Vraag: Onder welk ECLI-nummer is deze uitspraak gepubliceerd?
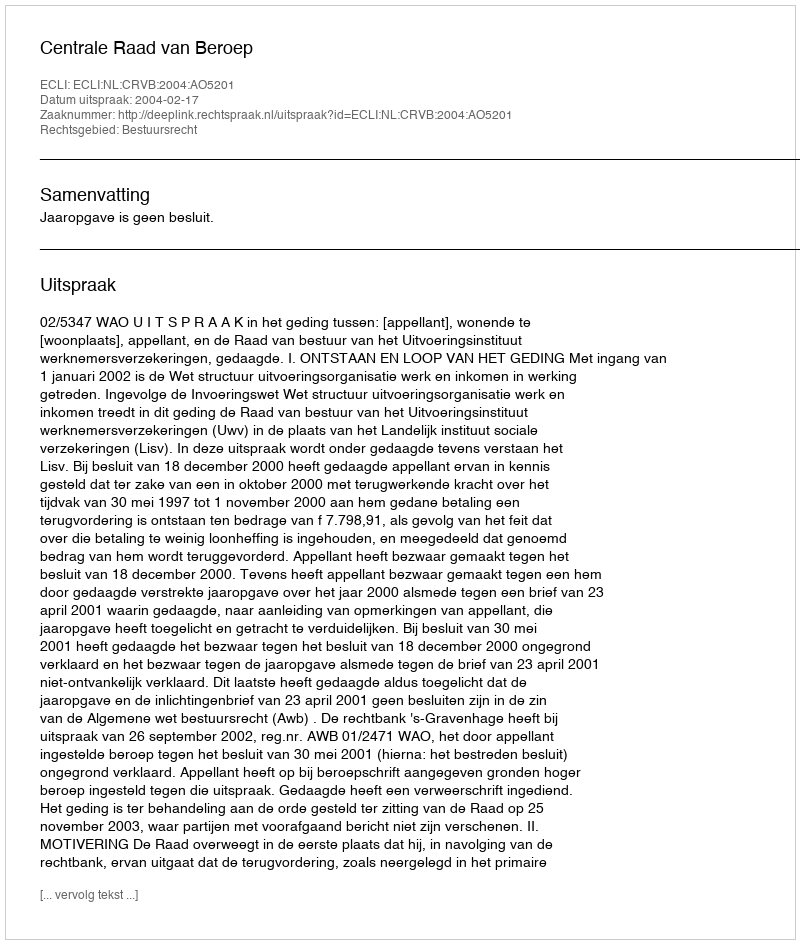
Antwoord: ECLI:NL:CRVB:2004:AO5201